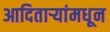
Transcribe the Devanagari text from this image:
आदितार्‍यांमधून